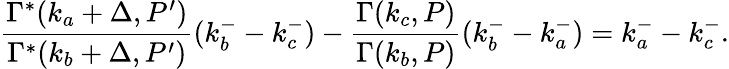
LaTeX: \frac{\Gamma^{*}(k_{a}+\Delta,P^{\prime})}{\Gamma^{*}(k_{b}+\Delta,P^{\prime})}(k_{b}^{-}-k_{c}^{-})-\frac{\Gamma(k_{c},P)}{\Gamma(k_{b},P)}(k_{b}^{-}-k_{a}^{-})=k_{a}^{-}-k_{c}^{-}.